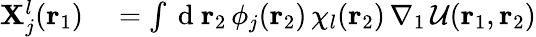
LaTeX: \begin{array}{rl}{\mathbf{X}_{j}^{l}({\mathbf{r}_{1}})}&{{}=\int\mathrm{~d~}{\mathbf{r}_{2}}\, \phi_{j}({\mathbf{r}_{2}})\, \chi_{l}({\mathbf{r}_{2}})\, \nabla_{1}\, \mathcal{U}({\mathbf{r}_{1}},{\mathbf{r}_{2}})}\end{array}